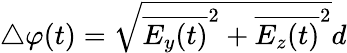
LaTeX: \triangle\varphi(t)=\sqrt{{\overline{{E_{y}(t)}}^{2}+\overline{{E_{z}(t)}}^{2}}}d